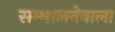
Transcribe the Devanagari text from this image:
सम्भालनेवाला